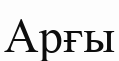
Арғы